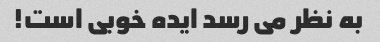
به نظر می رسد ایده خوبی است!